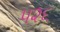
૫૨૬